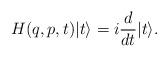
LaTeX: \begin{align*}H(q,p,t)|t\rangle = i\frac{d}{dt} |t\rangle .\end{align*}